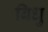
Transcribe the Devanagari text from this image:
बिधु